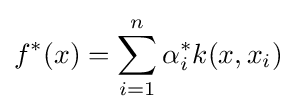
f^{*}(x)=\sum _{i=1}^{n}\alpha _{i}^{*}k(x,x_{i})